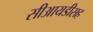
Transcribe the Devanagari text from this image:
सीआयडीसह